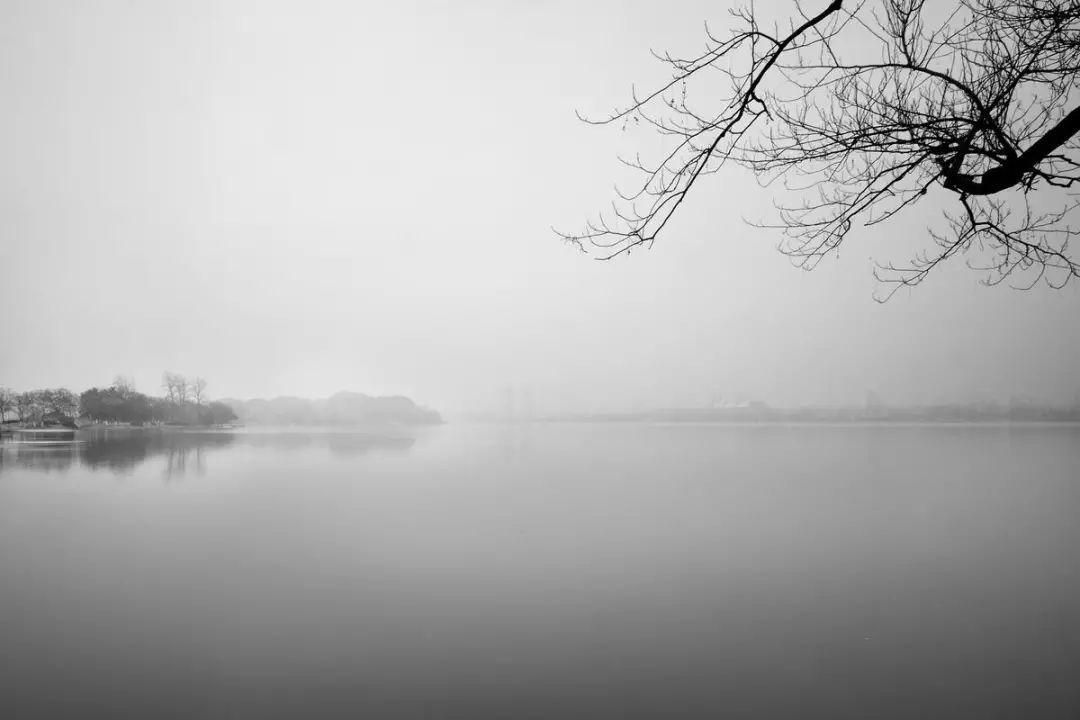
白发渔樵江渚上，惯看秋月春风。